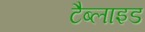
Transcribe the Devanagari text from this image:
टैब्लाइड